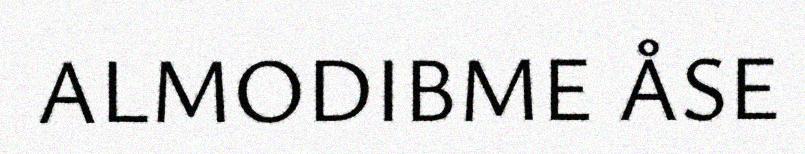
ALMODIBME ÅSE